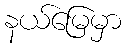
နယ်မြေမှာ